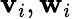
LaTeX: \mathbf{v}_{i},\mathbf{w}_{i}